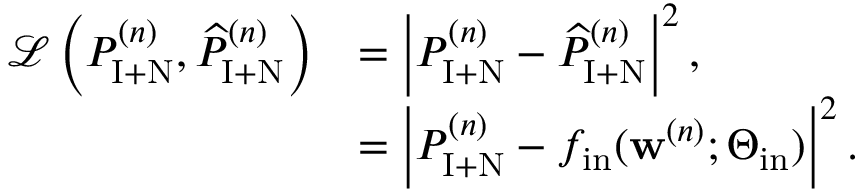
\begin{array} { r l } { \mathcal { L } \left( P _ { \mathrm { I + N } } ^ { ( n ) } , \widehat { P } _ { \mathrm { I + N } } ^ { ( n ) } \right) } & { = \left| P _ { \mathrm { I + N } } ^ { ( n ) } - \widehat { P } _ { \mathrm { I + N } } ^ { ( n ) } \right| ^ { 2 } , } \\ & { = \left| P _ { \mathrm { I + N } } ^ { ( n ) } - f _ { \mathrm { i n } } ( \mathbf { w } ^ { ( n ) } ; \boldsymbol { \Theta } _ { \mathrm { i n } } ) \right| ^ { 2 } . } \end{array}